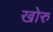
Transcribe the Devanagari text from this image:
खोरु